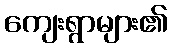
ကျေးရွာများ၏